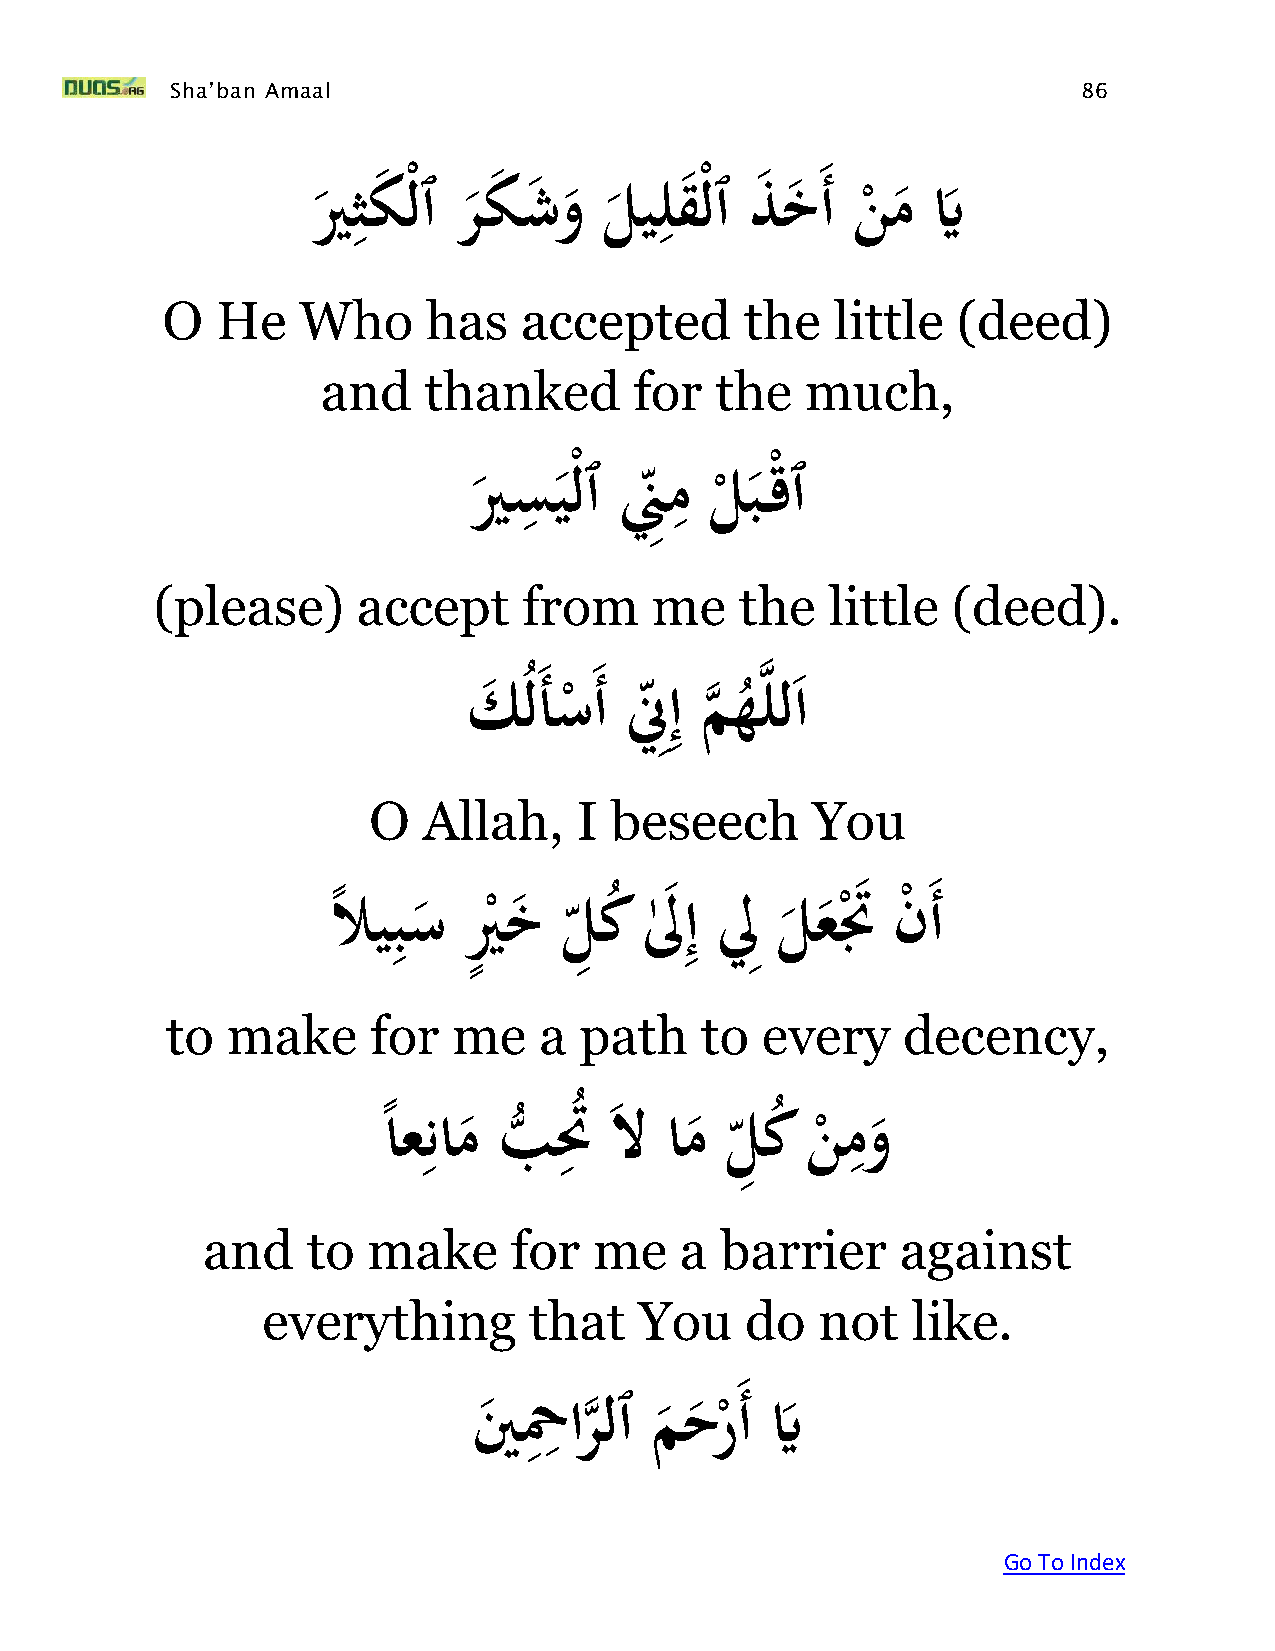
Sha’ban Amaal                                                86
 ِ                    ِ
 َيرثك ْلٱَرك  ش وَليلق   ْلٱَذ خ َأَنمَيَّ
 ْ
 O  He    Who     has   accepted       the   little  (deed)
 and    thanked       for  the   much,
 ِ        ِ
 َيرسيْلٱَنِِمَلبَ   ْقٱ
 ْ
 (please)      accept     from    me    the   little  (deed).
 ِِ     ه
 كَ ُل َأَس َأَنِإَمهللا
 ْ
 ه
 ُ
 O   Allah,    I beseech       You
 ًَلايِ بس َيرٍ
 ْ
 خ  َل ِ ك َُلَ
 ٰ
 ِ إَلَِِل ع ْتَ َن
 ْ
 َأ
 to  make      for  me    a path    to  every     decency,
 ِ        ِ                  ِ
 َاعنامَبتَُ   ََلََامَلِ  كَنمو
 ً        ُّ               ُ
 ْ
 and    to  make      for  me    a  barrier     against
 everything        that   You    do   not   like.
 ِِ
 ينَ حْارلٱَمحر    َأَيَّ
 ه
 ْ
 Go To Index